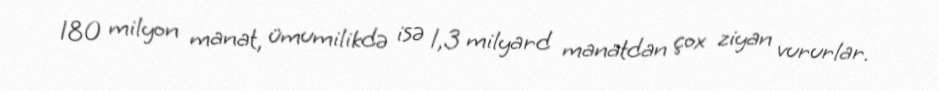
180 milyon manat, ümumilikdə isə 1,3 milyard manatdan çox ziyan vururlar.